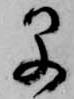
早